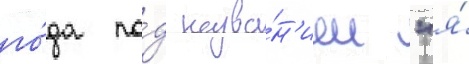
го́да по́д назва́н'ием "я́